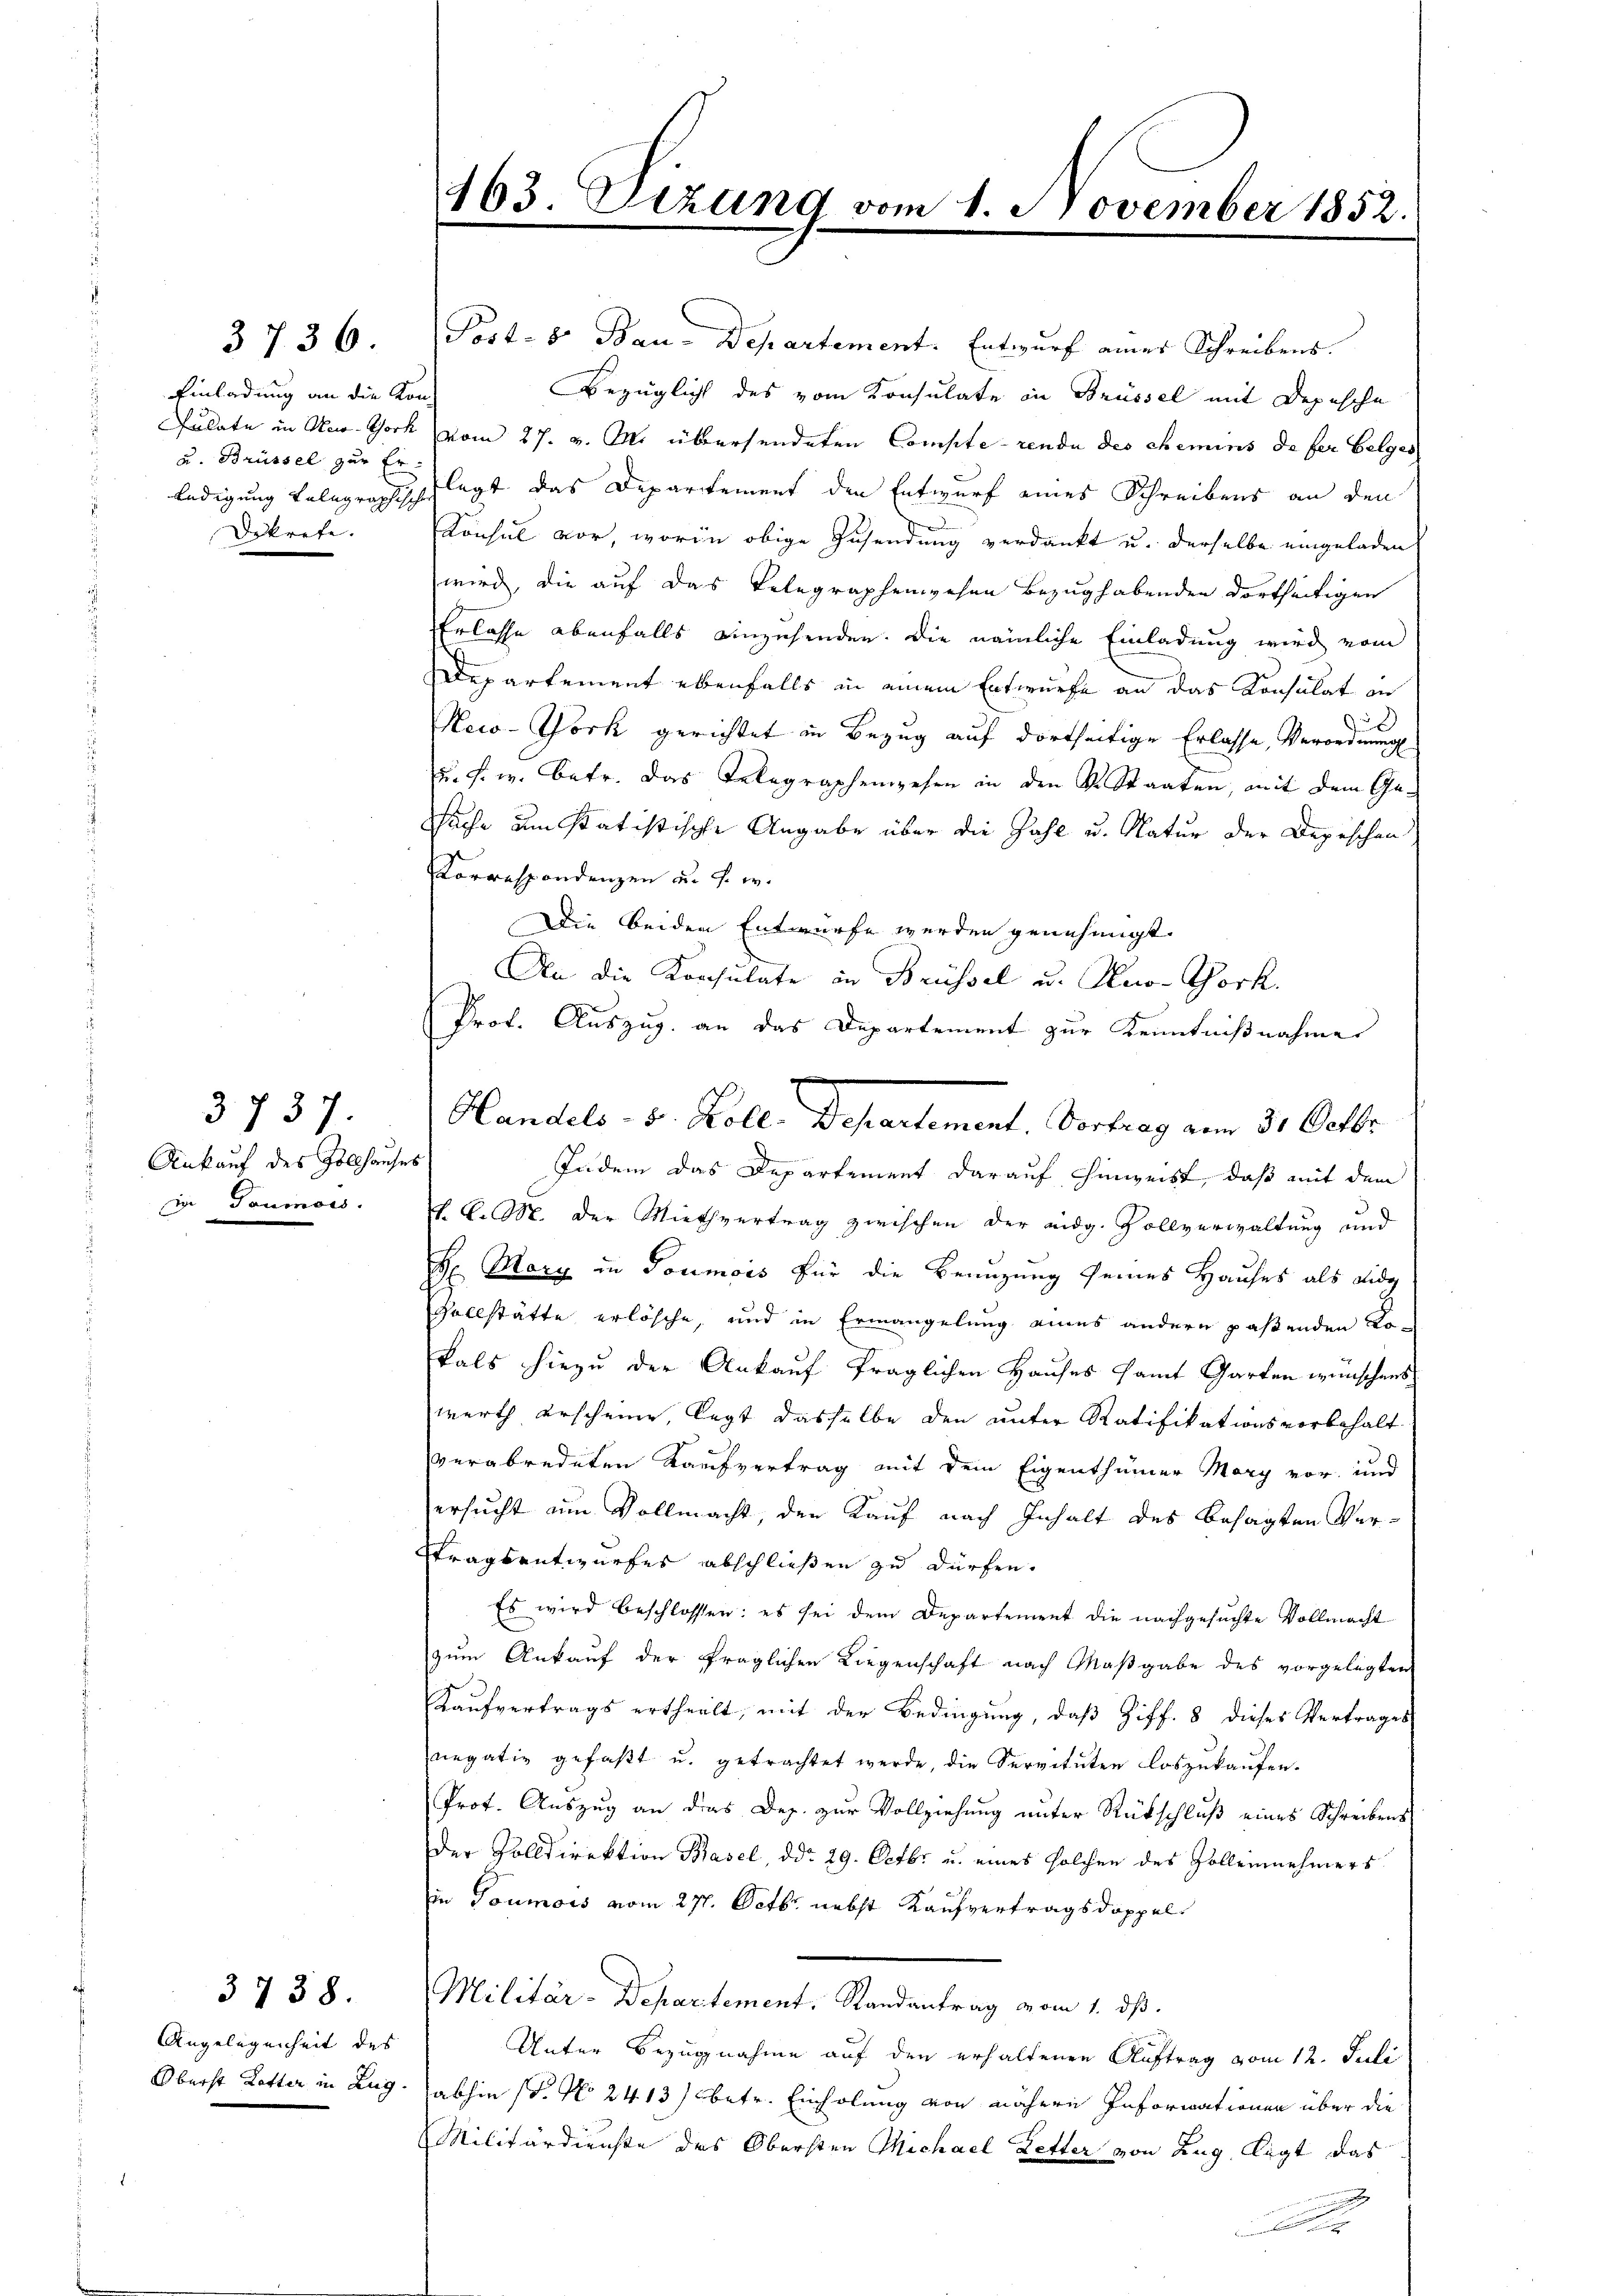
3736

Einladung an die Kon¬
u. Brüssel zur Er-
Bekrefe. |

3737.
Ankauf des Zollhauses
di Paumois.

3738.

Angelegenheit des

163. Dezund vom 1. November 1852.
e

Post- 8. Bau-Departement. Entwurf einer Schreibens.
Bezüglich des vom Konsulate in Brüssel mit Depesche
Pulate in Ner Chork vom 27. v. M. übersendeten Compte rende des chemins de fer belges
ledigung telegraphisch legt das Departement den Entwurf eines Schreibens an den
Konsul vor, worin obige Zusendung verdankt u. derselbe eingeladen.
wird, die auf das Telegraphenwesen Bezug habenden dortseitigen
Erlasse ebenfalls einzehenden. Die nämliche Einladung wird vom
Departement ebenfalls in einem Entwurfe an das Konsulat in
.
d
New-York gerichtet in Bezug auf dortseitige Erlasse, Verordnung
u. s. w. betr. das Telegraphengehen in den Dr. Staaten, mit dem Ge¬
Suche um statistische Angabe über die Zahl u. Natur der Depeschen
Korrespondenzen u. s. w.
Die beiden Entwurfe werden genehmigt.
An die Konsulate in Brüssel u. Kno-York.
Prof. Auszug. an das Departement zur Kenntnißnahme
Indem das Departement darauf hinweist, daß mit dem
N. K. M. der Miethvertrag zwischen der eidg. Vollverwaltung und
H Mory in Goumois für die Benuzung seines Hauses als eidg
Vollstätte erlösche, und in Ermangelung eines andern paßenden Lokals hiezu der Ankauf fraglichen Hauses samt Garten wünschens
werth erscheine, legt dasselbe den unter Ratifikationsvorbehalt
verabredeten Kaufvertrag mit dem Eigenthümer Mary vor und
ersucht am Vollmacht, den Kauf nach Inhalt des besagten Ver¬
Fragsentwurfes abschließen zu dürfen.
Es wird beschlossen: es sei dem Departement die nachgesuchte Vollmacht
zum Ankauf der fraglichen Liegenschaft nach Maßgabe des vorgelegten
Kaufvertrags ertheilt, mit der Bedingung, daß Ziff. 8 dieses Vertrages
egativ gefaßt u. getrachtet werde, die Servituten loszukaufen.
Prof. Auszug an das Dep. zur Vollziehung unter Rückschluß eines Schreibens
Der Volldirektion Basel, ddo 29. Octbr. u. eines solchen des Zolleinehmers
Ein Goumois vom 27. Octbr. nebst Kaufvertragsdoppel
Militär-Departement, Randantrag vom 1. ds.
Unter Bezugnahme auf den erhaltenen Auftrag vom 12. Juli
Oberst Lotter in Zug. abhin st. No 2413) betr. Einholung von nähere Informationen über die
Militärdienste des Obersten Michael Letter von Zug, legt das

Handels- u. Koll. Departement. Vortrag am 31. Octbr.